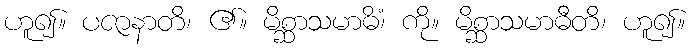
ဟူ၍။ ပဇာနာတိ၊ ၏။ မိစ္ဆာသမာဓိံ၊ ကို။ မိစ္ဆာသမာဓီတိ၊ ဟူ၍။